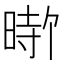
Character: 𪰰